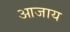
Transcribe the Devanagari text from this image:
आजाय